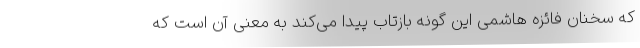
که سخنان فائزه هاشمی این گونه بازتاب پیدا می‌کند به معنی آن است که